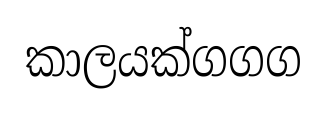
කාලයක්ගගග